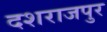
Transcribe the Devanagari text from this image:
दशराजपुर